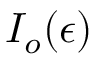
I _ { o } ( \epsilon )